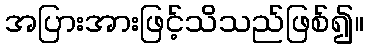
အပြားအားဖြင့်သိသည်ဖြစ်၍။